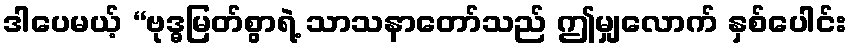
ဒါပေမယ့် “ဗုဒ္ဓမြတ်စွာရဲ့ သာသနာတော်သည် ဤမျှလောက် နှစ်ပေါင်း